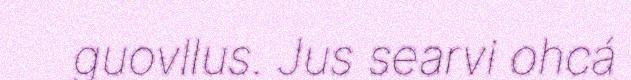
guovllus. Jus searvi ohcá